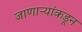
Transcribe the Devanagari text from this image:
जाणाऱ्यांकडून